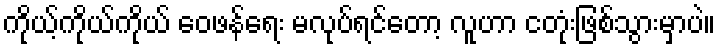
ကိုယ့်ကိုယ်ကိုယ် ဝေဖန်ရေး မလုပ်ရင်တော့ လူဟာ ငတုံးဖြစ်သွားမှာပဲ။